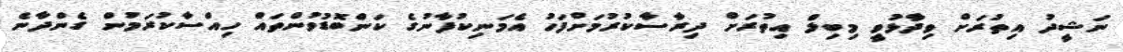
ނަޝީދު އިތުރަށް ވިދާޅުވީ މިބިލް އިތުރަށް ދިރާސާކުރުމަށްފަހު އެމަނިކުފާނުގެ ކަންބޮޑުވުންތައް ހިއްސާކުރަމުން ގެންދާނެ